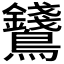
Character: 𪈇